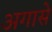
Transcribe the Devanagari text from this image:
अगासे